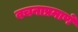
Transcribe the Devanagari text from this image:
वचनाप्रमाणें